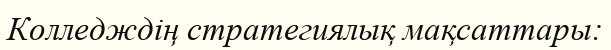
Колледждің стратегиялық мақсаттары: